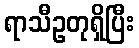
ရာသီဥတုရှိပြီး